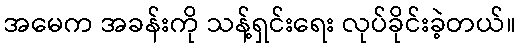
အမေက အခန်းကို သန့်ရှင်းရေး လုပ်ခိုင်းခဲ့တယ်။